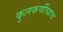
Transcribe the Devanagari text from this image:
कुलकर्णींच्याच